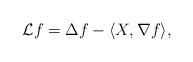
LaTeX: \begin{align*}\mathcal{L}f=\Delta f-\langle X,\nabla f\rangle,\end{align*}